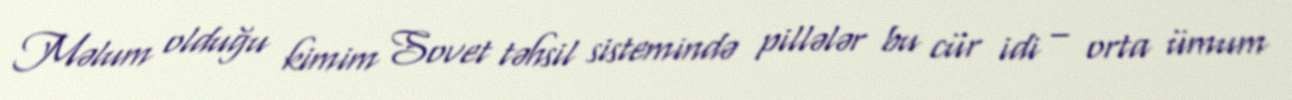
Məlum olduğu kimim Sovet təhsil sistemində pillələr bu cür idi – orta ümum